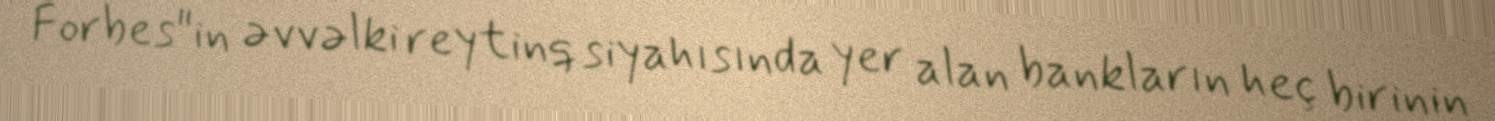
Forbes"in əvvəlki reytinq siyahısında yer alan bankların heç birinin